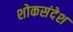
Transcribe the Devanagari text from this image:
शोकसंदेश